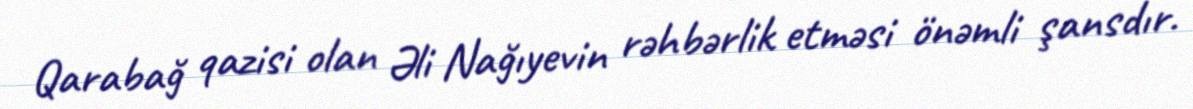
Qarabağ qazisi olan Əli Nağıyevin rəhbərlik etməsi önəmli şansdır.